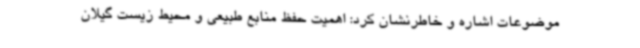
موضوعات اشاره و خاطرنشان کرد: اهمیت حفظ منابع طبیعی و محیط زیست گیلان